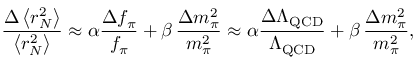
\frac { \Delta \left< r _ { N } ^ { 2 } \right> } { \left< r _ { N } ^ { 2 } \right> } \approx \alpha \frac { \Delta f _ { \pi } } { f _ { \pi } } + \beta \, \frac { \Delta m _ { \pi } ^ { 2 } } { m _ { \pi } ^ { 2 } } \approx \alpha \frac { \Delta \Lambda _ { \mathrm { Q C D } } } { \Lambda _ { \mathrm { Q C D } } } + \beta \, \frac { \Delta m _ { \pi } ^ { 2 } } { m _ { \pi } ^ { 2 } } ,